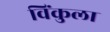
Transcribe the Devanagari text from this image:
विंकुला